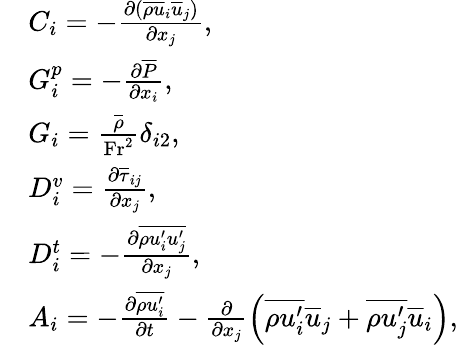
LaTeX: \begin{array}{rl}&{C_{i}=-\frac{\partial\left(\overline{{\rho}}\overline{{u}}_{i}\overline{{u}}_{j}\right)}{\partial x_{j}},}\\ &{G_{i}^{p}=-\frac{\partial\overline{{P}}}{\partial x_{i}},}\\ &{G_{i}=\frac{\overline{{\rho}}}{\mathrm{Fr}^{2}}\delta_{i2},}\\ &{D_{i}^{v}=\frac{\partial\overline{{\tau}}_{ij}}{\partial x_{j}},}\\ &{D_{i}^{t}=-\frac{\partial\overline{{\rho u_{i}^{\prime}u_{j}^{\prime}}}}{\partial x_{j}},}\\ &{A_{i}=-\frac{\partial\overline{{\rho u_{i}^{\prime}}}}{\partial t}-\frac{\partial}{\partial x_{j}}\left(\overline{{\rho u_{i}^{\prime}}}\overline{{u}}_{j}+\overline{{\rho u_{j}^{\prime}}}\overline{{u}}_{i}\right),}\end{array}